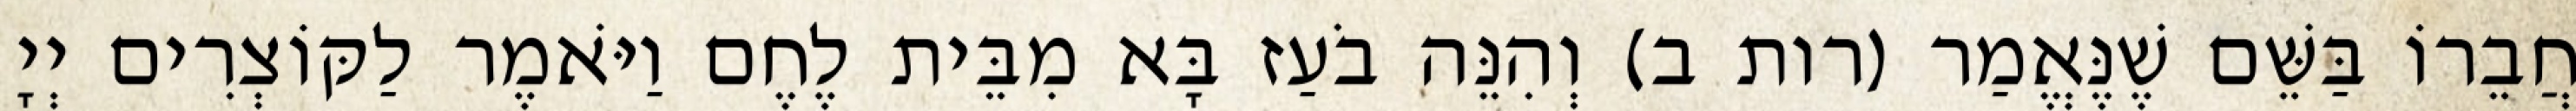
חֲבֵרוֹ בַּשֵּׁם שֶׁנֶּאֱמַר (רות ב) וְהִנֵּה בֹעַז בָּא מִבֵּית לֶחֶם וַיֹּאמֶר לַקּוֹצְרִים יְיָ